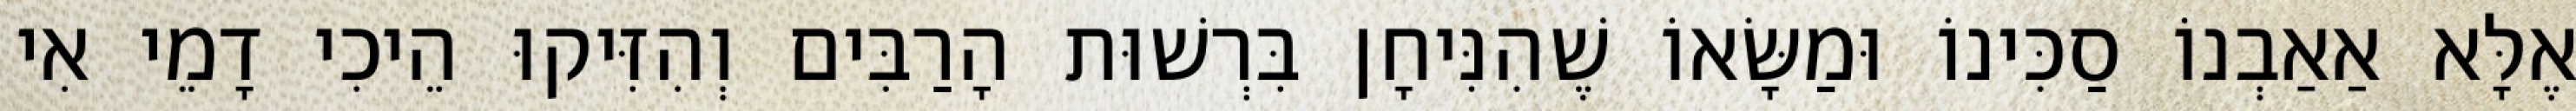
אֶלָּא אַאַבְנוֹ סַכִּינוֹ וּמַשָּׂאוֹ שֶׁהִנִּיחָן בִּרְשׁוּת הָרַבִּים וְהִזִּיקוּ הֵיכִי דָמֵי אִי